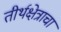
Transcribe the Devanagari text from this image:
तीर्थक्षेत्राचा